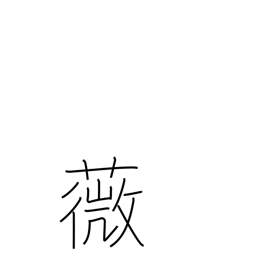
Meaning: an edible fern